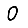
Digit: 0